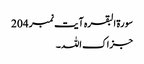
سورۃ البقرہ آیت نمبر 204​
جزاک اللہ۔